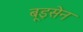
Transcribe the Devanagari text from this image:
बूइसेन